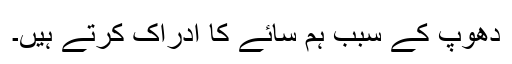
دھوپ کے سبب ہم سائے کا ادراک کرتے ہیں۔